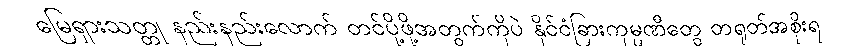
မြေရှားသတ္တု နည်းနည်းလောက် တင်ပို့ဖို့အတွက်ကိုပဲ နိုင်ငံခြားကုမ္ပဏီတွေ တရုတ်အစိုးရ